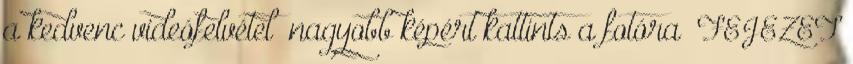
a kedvenc videófelvétel nagyobb képért kattints a fotóra FEJEZET